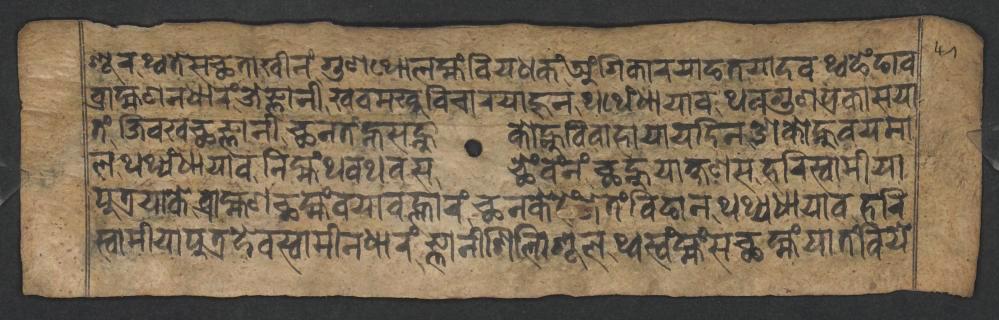
𑐱𑐹𑐬𑐠𑑂𑐰𑐟𑐾𑐳𑐕𑐟𑐵𑐏𑐷𑐣𑑄𑐐𑐸𑐞𑐠𑑀𑐮𑐩𑑂𑐴𑑄𑐧𑐶𑐫𑐢𑐎𑑄𑐀𑑄𑐐𑐶𑐎𑐵𑐬𑐫𑐵𑐒𑐟𑐫𑐵𑐡𑐰𑐠𑑂𑐰𑐒𑐾𑑄𑐒𑐵𑐰 𑐧𑑂𑐬𑐵𑐴𑑂𑐩𑐞𑐣𑐢𑐵𑐬𑑄𑐖𑐾𑐖𑑂𑐘𑐵𑐣𑐷𑐏𑐰𑐩𑐏𑐹𑐰𑐶𑐔𑐵𑐬𑐫𑐵𑐴𑐸𑐣𑐠𑐠𑐾𑑄𑐢𑐵𑐫𑐵𑐰𑐠𑐰𑐐𑐸𑐞𑐥𑑂𑐬𑐎𑐵𑐳𑐫𑐵 𑐟𑑄𑐖𑐶𑐰𑐏𑐕𑐖𑑂𑐘𑐵𑐣𑐷𑐕𑐣𑐟𑑄𑐣𑑂𑐴𑐳𑐣𑑂𑐴𑐸𑐎𑑀𑐣𑑂𑐴𑐸𑐰𑐶𑐰𑐵𑐴𑐵𑐫𑐵𑐫𑐡𑐶𑐣𑐌𑐎𑑀𑐣𑑂𑐴𑐸𑐰𑐫𑐩𑐵 𑐮𑐠𑐠𑑂𑐫𑑄𑐢𑐵𑐫𑐵𑐰𑐣𑐶𑐩𑑂𑐴𑑄𑐠𑐰𑐠𑐰𑐳𑐕𑐾𑑄𑐰𑑄𑐣𑑄𑐕𑐣𑑂𑐴𑐸𑐫𑐵𑐎𑑂𑐲𑐞𑐳𑐴𑐬𑐶𑐳𑑂𑐰𑐵𑐩𑐷𑐫𑐵 𑐥𑐸𑐟𑑂𑐬𑐫𑐵𑐎𑐾𑐧𑑂𑐬𑐵𑐴𑑂𑐩𑐞𑐕𑐩𑑂𑐴𑑄𑐰𑐫𑐵𑐰𑐮𑑂𑐴𑐵𑐬𑑄𑐕𑐣𑐎𑐾𑐴𑐾𑑄𑐖𑐾𑐟𑑄𑐧𑐶𑐒𑐵𑐣𑐠𑐠𑑂𑐫𑐢𑐵𑐫𑐵𑐰𑐴𑐬𑐶 𑐳𑑂𑐰𑐵𑐩𑐷𑐫𑐵𑐥𑐸𑐟𑑂𑐬𑐡𑐾𑐰𑐳𑑂𑐰𑐵𑐩𑐷𑐣𑐢𑐵𑐬𑑄𑐖𑑂𑐘𑐵𑐣𑐷𑐱𑐶𑐮𑑂𑐥𑐶𑐱𑐹𑐮𑐠𑑂𑐰𑐳𑑂𑐰𑑄𑐩𑑂𑐴𑑄𑐳𑐕𑐩𑑂𑐴𑑄𑐫𑐵𑐟𑑄𑐧𑐶𑐫𑐾